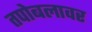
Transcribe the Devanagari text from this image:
तपोबलावर